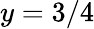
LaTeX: y=3/4